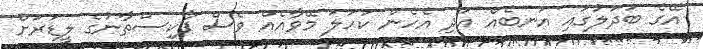
އޭގެ ބަދަލުގައި އަނބެއް އަދި އެހެން ކަހަލަ މޭވާއެއް ވެސް ޕާކިސްތާނުގެ ލީޑަރަށް